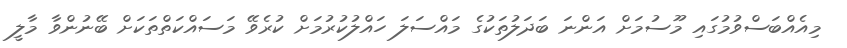
މިއެއްބަސްވުމުގައި މޫސުމަށް އަންނަ ބަދަލުތަކުގެ މައްސަލަ ހައްލުކުރުމަށް ކުރެވޭ މަސައްކަތްތަކަށް ބޭނުންވާ މާލީ